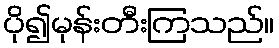
ပို၍မုန်းတီးကြသည်။